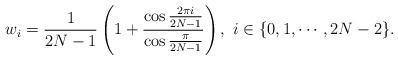
LaTeX: \begin{align*}w_i=\frac{1}{2N-1}\left ( 1+\frac{\cos \frac{2\pi i}{2N-1}}{\cos \frac{\pi}{2N-1}}\right ),~i\in\{0,1,\cdots,2N-2\}.\end{align*}